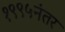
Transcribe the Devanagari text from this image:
१९९५नंतर